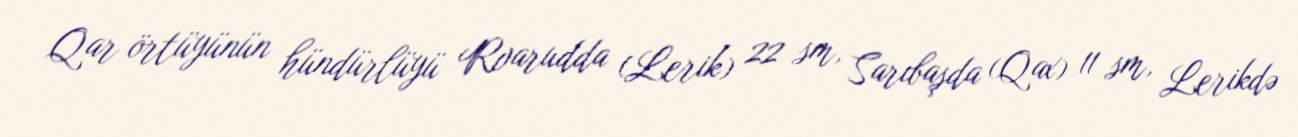
Qar örtüyünün hündürlüyü Rvarudda (Lerik) 22 sm, Sarıbaşda (Qax) 11 sm, Lerikdə